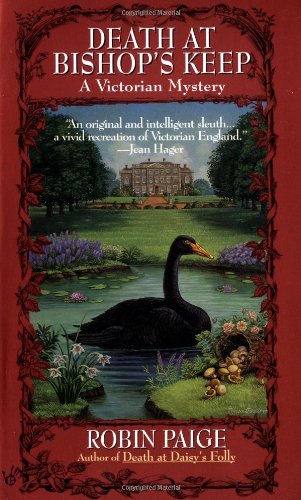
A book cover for Death at Bishop's Keep (Robin Paige Victorian Mysteries, No. 1); Robin Paige; Romance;